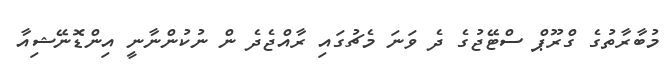
މުބާރާތުގެ ގްރޫޕް ސްޓޭޖުގެ ދެ ވަނަ މެޗުގައި ރާއްޖެދެ ން ނުކުންނާނީ އިންޑޮނޭޝިއާ